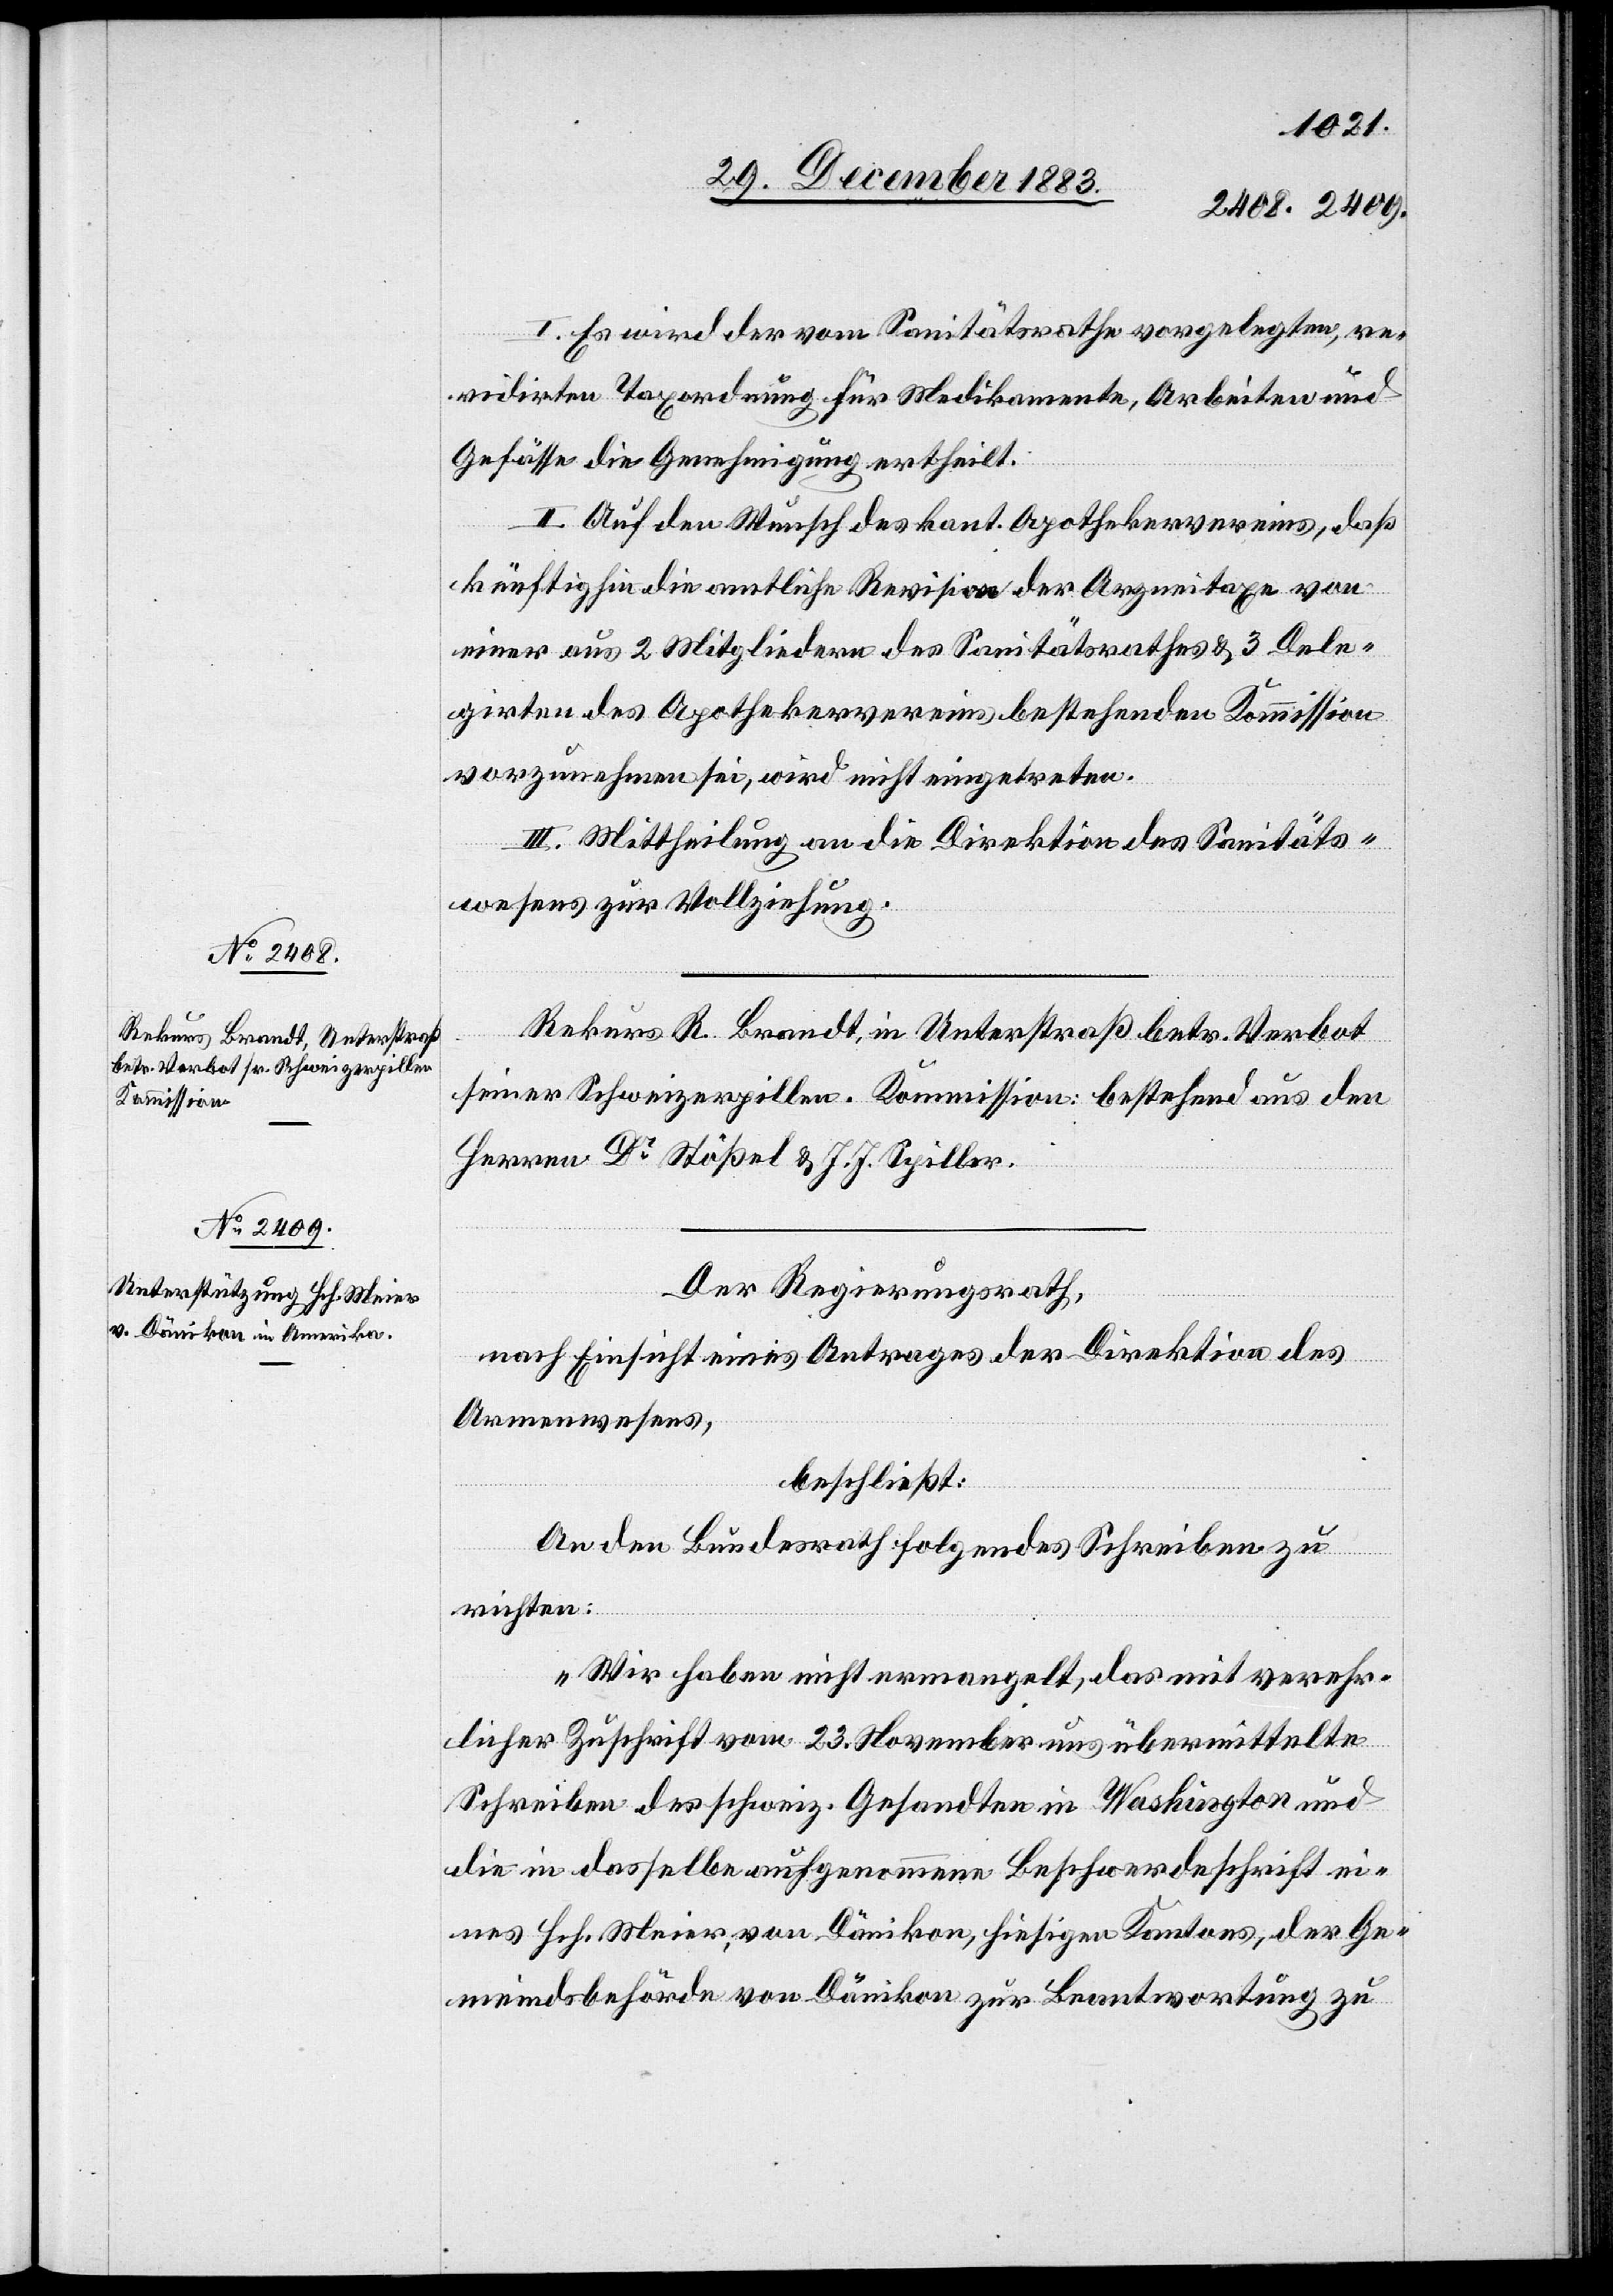
I. Es wird der vom Sanitätsrathe vorgelegten, re¬
vidirten Taxordnung für Medikamente, Arbeiten und
Gefässe die Genehmigung ertheilt.
II. Auf den Wunsch des kant. Apothekervereins, daß
künftighin die amtliche Revision der Arzneitaxe von
einer aus 2 Mitgliedern des Sanitätsrathes & 3 Dele¬
girten des Apothekervereins bestehenden Kommission
vorzunehmen sei, wird nicht eingetreten.
III. Mittheilung an die Direktion des Sanitäts¬
wesens zur Vollziehung.
Rekurs R. Brandt, in Unterstraß betr. Verbot
seiner Schweizerpillen. Kommission: bestehend aus den
Herren Dr Stößel & J. J. Spiller.
Der Regierungsrath,
nach Einsicht eines Antrages der Direktion des
Armenwesens,
beschließt:
An den Bundesrath folgendes Schreiben zu
richten:
„Wir haben nicht ermangelt, das mit verehr¬
licher Zuschrift vom 23. November uns übermittelte
Schreiben des schweiz. Gesandten in Washington und
die in dasselbe aufgenommene Beschwerdeschrift ei¬
nes Hch. Meier, von Dänikon, hiesigen Kantons, der Ge¬
meindsbehörde von Dänikon zur Beantwortung zu